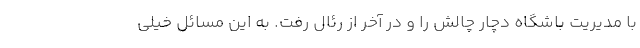
با مدیریت باشگاه دچار چالش را و در آخر از رئال رفت. به این مسائل خیلی